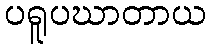
ပရူပဃာတာယ